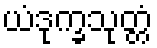
ယံဒုက္ခသုတ္တံ